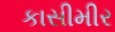
કાસીમીર